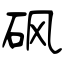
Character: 砜